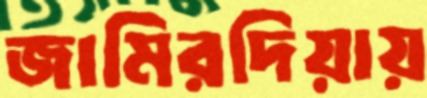
জামিরদিয়ায়